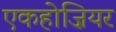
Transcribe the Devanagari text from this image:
एकहोज़ियर